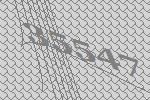
35547